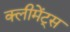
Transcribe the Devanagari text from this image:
क्लीमेंट्स